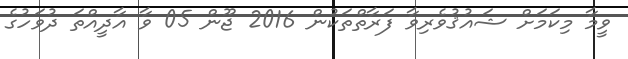
ވީމާ މިކަމަށް ޝައުޤުވެރިވާ ފަރާތްތަކުން 2016 ޖޫން 05 ވާ އާދީއްތަ ދުވަހުގެ